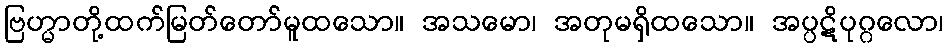
ဗြဟ္မာတို့ထက်မြတ်တော်မူထသော။ အသမော၊ အတုမရှိထသော။ အပ္ပဋိပုဂ္ဂလော၊